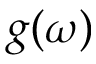
g ( \omega )